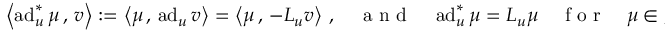
\begin{array} { r } { \left< \operatorname { a d } _ { u } ^ { * } \mu \, , \, v \right> : = \left< \mu \, , \, \operatorname { a d } _ { u } v \right> = \left< \mu \, , \, - { \cal L } _ { u } v \right> \, , \quad \mathrm { ~ a ~ n ~ d ~ } \quad \operatorname { a d } _ { u } ^ { * } \mu = { \cal L } _ { u } \mu \quad \mathrm { ~ f ~ o ~ r ~ } \quad \mu \in \mathfrak { g } ^ { * } , \quad u , v \in \mathfrak { g } \, . } \end{array}